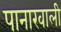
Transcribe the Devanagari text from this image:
पानाखाली